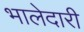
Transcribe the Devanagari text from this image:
भालेदारी